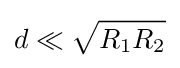
d\ll {\sqrt {R_{1}R_{2}}}